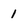
Character: 1